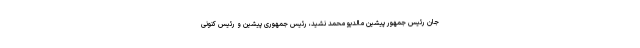
جان رئیس جمهور پیشین مالدیو محمد نشید، رئیس جمهوری پیشین و رئیس کنونی